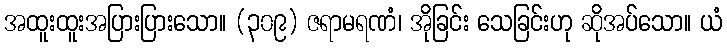
အထူးထူးအပြားပြားသော။ (၃၀၉) ဇရာမရဏံ၊ အိုခြင်း သေခြင်းဟု ဆိုအပ်သော။ ယံ